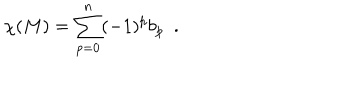
\chi ( M ) = \sum _ { p = 0 } ^ { n } ( - 1 ) ^ { p } b _ { p } \ \ .